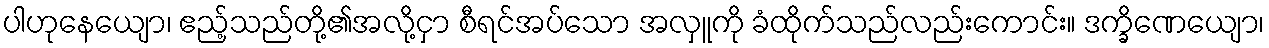
ပါဟုနေယျော၊ ဧည့်သည်တို့၏အလို့ငှာ စီရင်အပ်သော အလှူကို ခံထိုက်သည်လည်းကောင်း။ ဒက္ခိဏေယျော၊